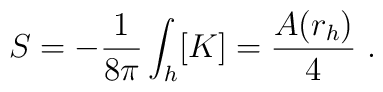
S= -\frac{1}{8\pi}\int_{h}[K]  = \frac{A(r_h)}{4}\ .